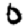
Digit: 0